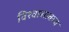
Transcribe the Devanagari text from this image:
विश्वासावरच